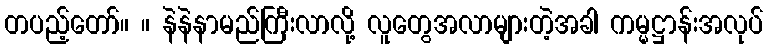
တပည့်တော်။ ။ နဲနဲနာမည်ကြီးလာလို့ လူတွေအလာများတဲ့အခါ ကမ္မဋ္ဌာန်းအလုပ်